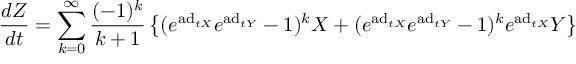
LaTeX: { \frac { d Z } { d t } } = \sum _ { k = 0 } ^ { \infty } { \frac { ( - 1 ) ^ { k } } { k + 1 } } \left\{ ( e ^ { \mathrm { a d } _ { t X } } e ^ { \mathrm { a d } _ { t Y } } - 1 ) ^ { k } X + ( e ^ { \mathrm { a d } _ { t X } } e ^ { \mathrm { a d } _ { t Y } } - 1 ) ^ { k } e ^ { \mathrm { a d } _ { t X } } Y \right\}